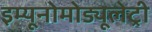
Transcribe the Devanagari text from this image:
इम्यूनोमोड्यूलेट्री